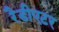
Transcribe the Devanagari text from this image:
रैडीएटर